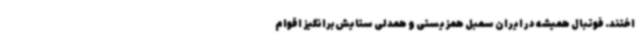
اختند. فوتبال همیشه در ایران سمبل همزیستی و همدلی ستایش‌برانگیز اقوام